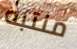
منتبه